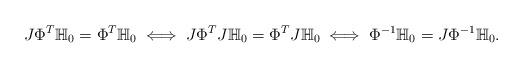
LaTeX: \begin{align*}J \Phi^T \mathbb{H}_0 = \Phi^T \mathbb{H}_0 \iff J \Phi^T J \mathbb{H}_0 = \Phi^T J \mathbb{H}_0 \iff \Phi^{-1} \mathbb{H}_0 = J \Phi^{-1} \mathbb{H}_0.\end{align*}